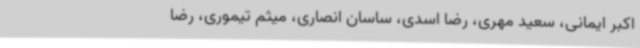
اکبر ایمانی، سعید مهری، رضا اسدی، ساسان انصاری، میثم تیموری، رضا